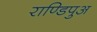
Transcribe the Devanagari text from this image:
राण्डिपुअ